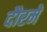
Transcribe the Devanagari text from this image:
दौरमें